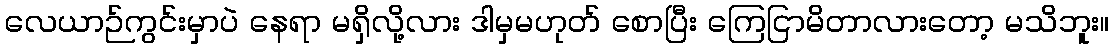
လေယာဉ်ကွင်းမှာပဲ နေရာ မရှိလို့လား ဒါမှမဟုတ် စောပြီး ကြေငြာမိတာလားတော့ မသိဘူး။